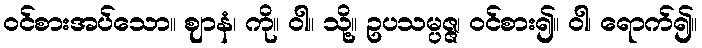
ဝင်စားအပ်သော။ ဈာနံ၊ ကို။ ဝါ။ သို့။ ဥပသမ္ပဇ္ဇ၊ ဝင်စား၍။ ဝါ၊ ရောက်၍။